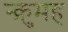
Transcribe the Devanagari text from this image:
न्क्रुमह